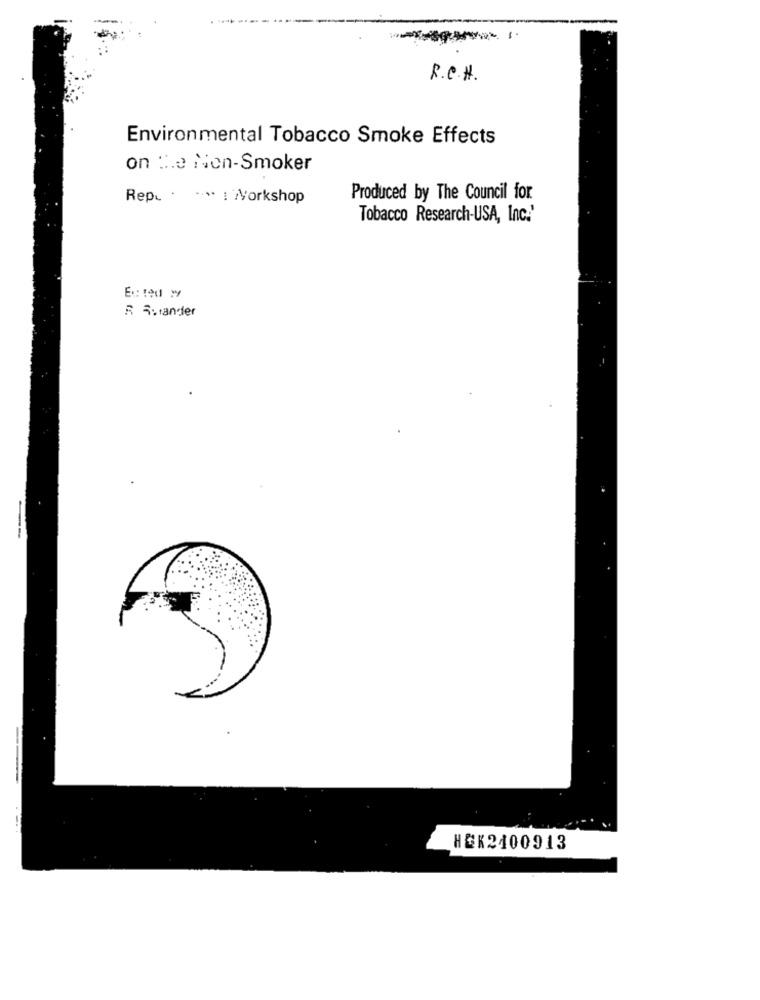
R.C.H.
Environmental Tobacco Smoke Effects
on the Non-Smoker
Rep. . .... : Workshop
Produced by The Council for
Tobacco Research-USA, Inc.'
Ex:ted w
R R.ander
HGK2400913